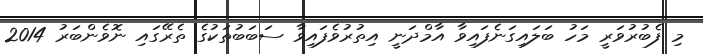
މި ފެބުރުވަރީ މަހު ބަލައިގަނެފައިވާ އާމްދަނީ އިތުރުވެފައިވާ ސަބަބުތަކުގެ ތެރޭގައި ނޮވެންބަރު 2014